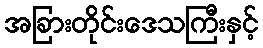
အခြားတိုင်းဒေသကြီးနှင့်